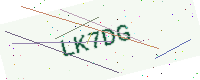
Text: LK7DG